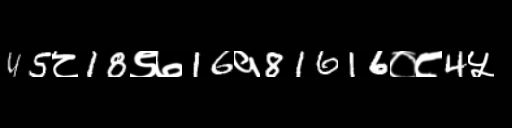
Text: 45८18९७16१81616०८4५